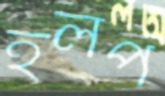
হলপ